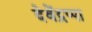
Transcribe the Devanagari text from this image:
देवेंद्रप्पा